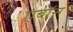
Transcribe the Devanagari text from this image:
एंबॉस